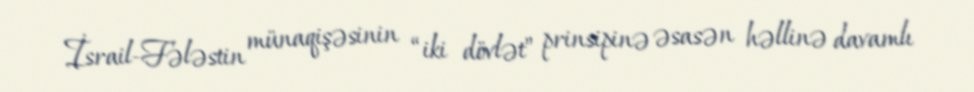
İsrail-Fələstin münaqişəsinin “iki dövlət” prinsipinə əsasən həllinə davamlı